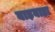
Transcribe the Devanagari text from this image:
बाड़बाड़ा